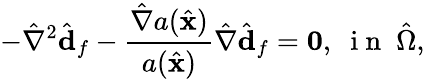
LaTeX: -\hat{\nabla}^{2}\hat{\mathbf{d}}_{f}-\frac{\hat{\nabla}a(\hat{\mathbf{x}})}{a(\hat{\mathbf{x}})}\hat{\nabla}\hat{\mathbf{d}}_{f}=\mathbf{0},\; \mathrm{~i~n~}\; \hat{\Omega},